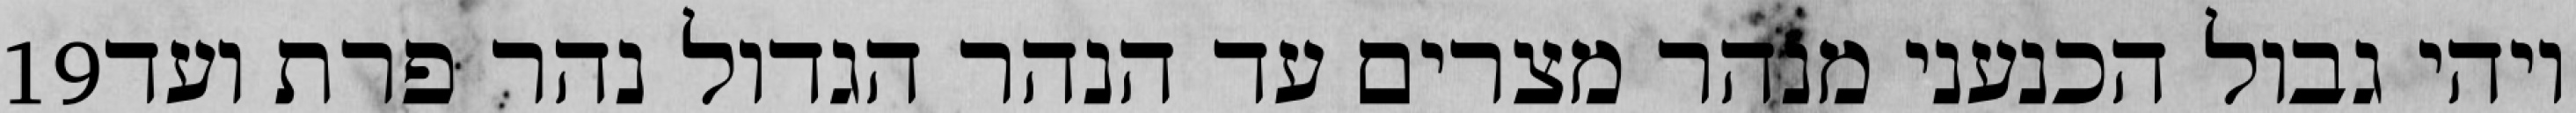
‎19‏ ויהי גבול הכנעני מנהר מצרים עד הנהר הגדול נהר פרת ועד